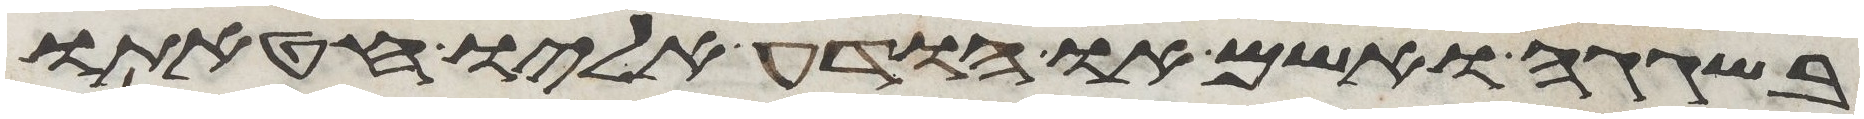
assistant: בשגגה ואשם או הודע אליו חטאתו